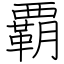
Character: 覇